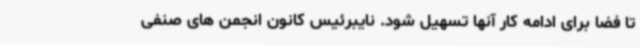
تا فضا برای ادامه کار آنها تسهیل شود. نایبرئیس کانون انجمن های صنفی